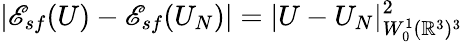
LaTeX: |{\mathscr E}_{sf}(U)-{\mathscr E}_{sf}(U_{N})|=|U-U_{N}|_{W_{0}^{1}({\mathbb R}^{3})^{3}}^{2}